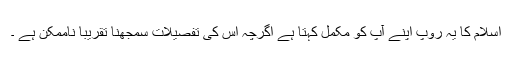
اسلام کا یہ روپ اپنے آپ کو مکمل کہتا ہے اگرچہ اس کی تفصیلات سمجھنا تقریباً ناممکن ہے ۔